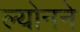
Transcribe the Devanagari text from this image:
ल्योनने